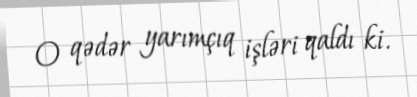
O qədər yarımçıq işləri qaldı ki.